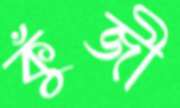
কুঁজী